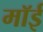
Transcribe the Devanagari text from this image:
मॉई